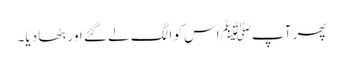
پھر آپﷺ اس کو الگ لے گئے اور بٹھا دیا۔